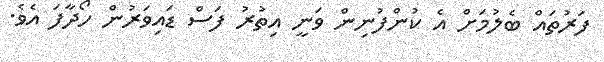
ފަރުތައް ބެލުމަށް އެ ކުންފުނިން ވަނީ އިތުރު ފަސް ޑައިވަރުން ހޯދާފަ އެވެ.